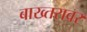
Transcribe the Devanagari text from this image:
बाख्तरावर